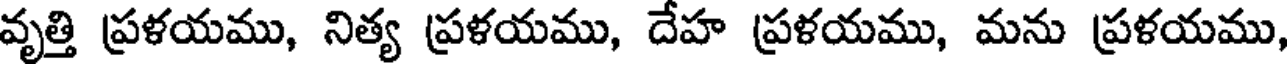
వృత్తి ప్రళయము, నిత్య ప్రళయము, దేహ ప్రళయము, మను ప్రళయము,